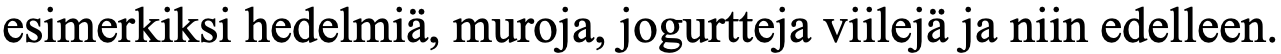
esimerkiksi hedelmiä, muroja, jogurtteja viilejä ja niin edelleen.